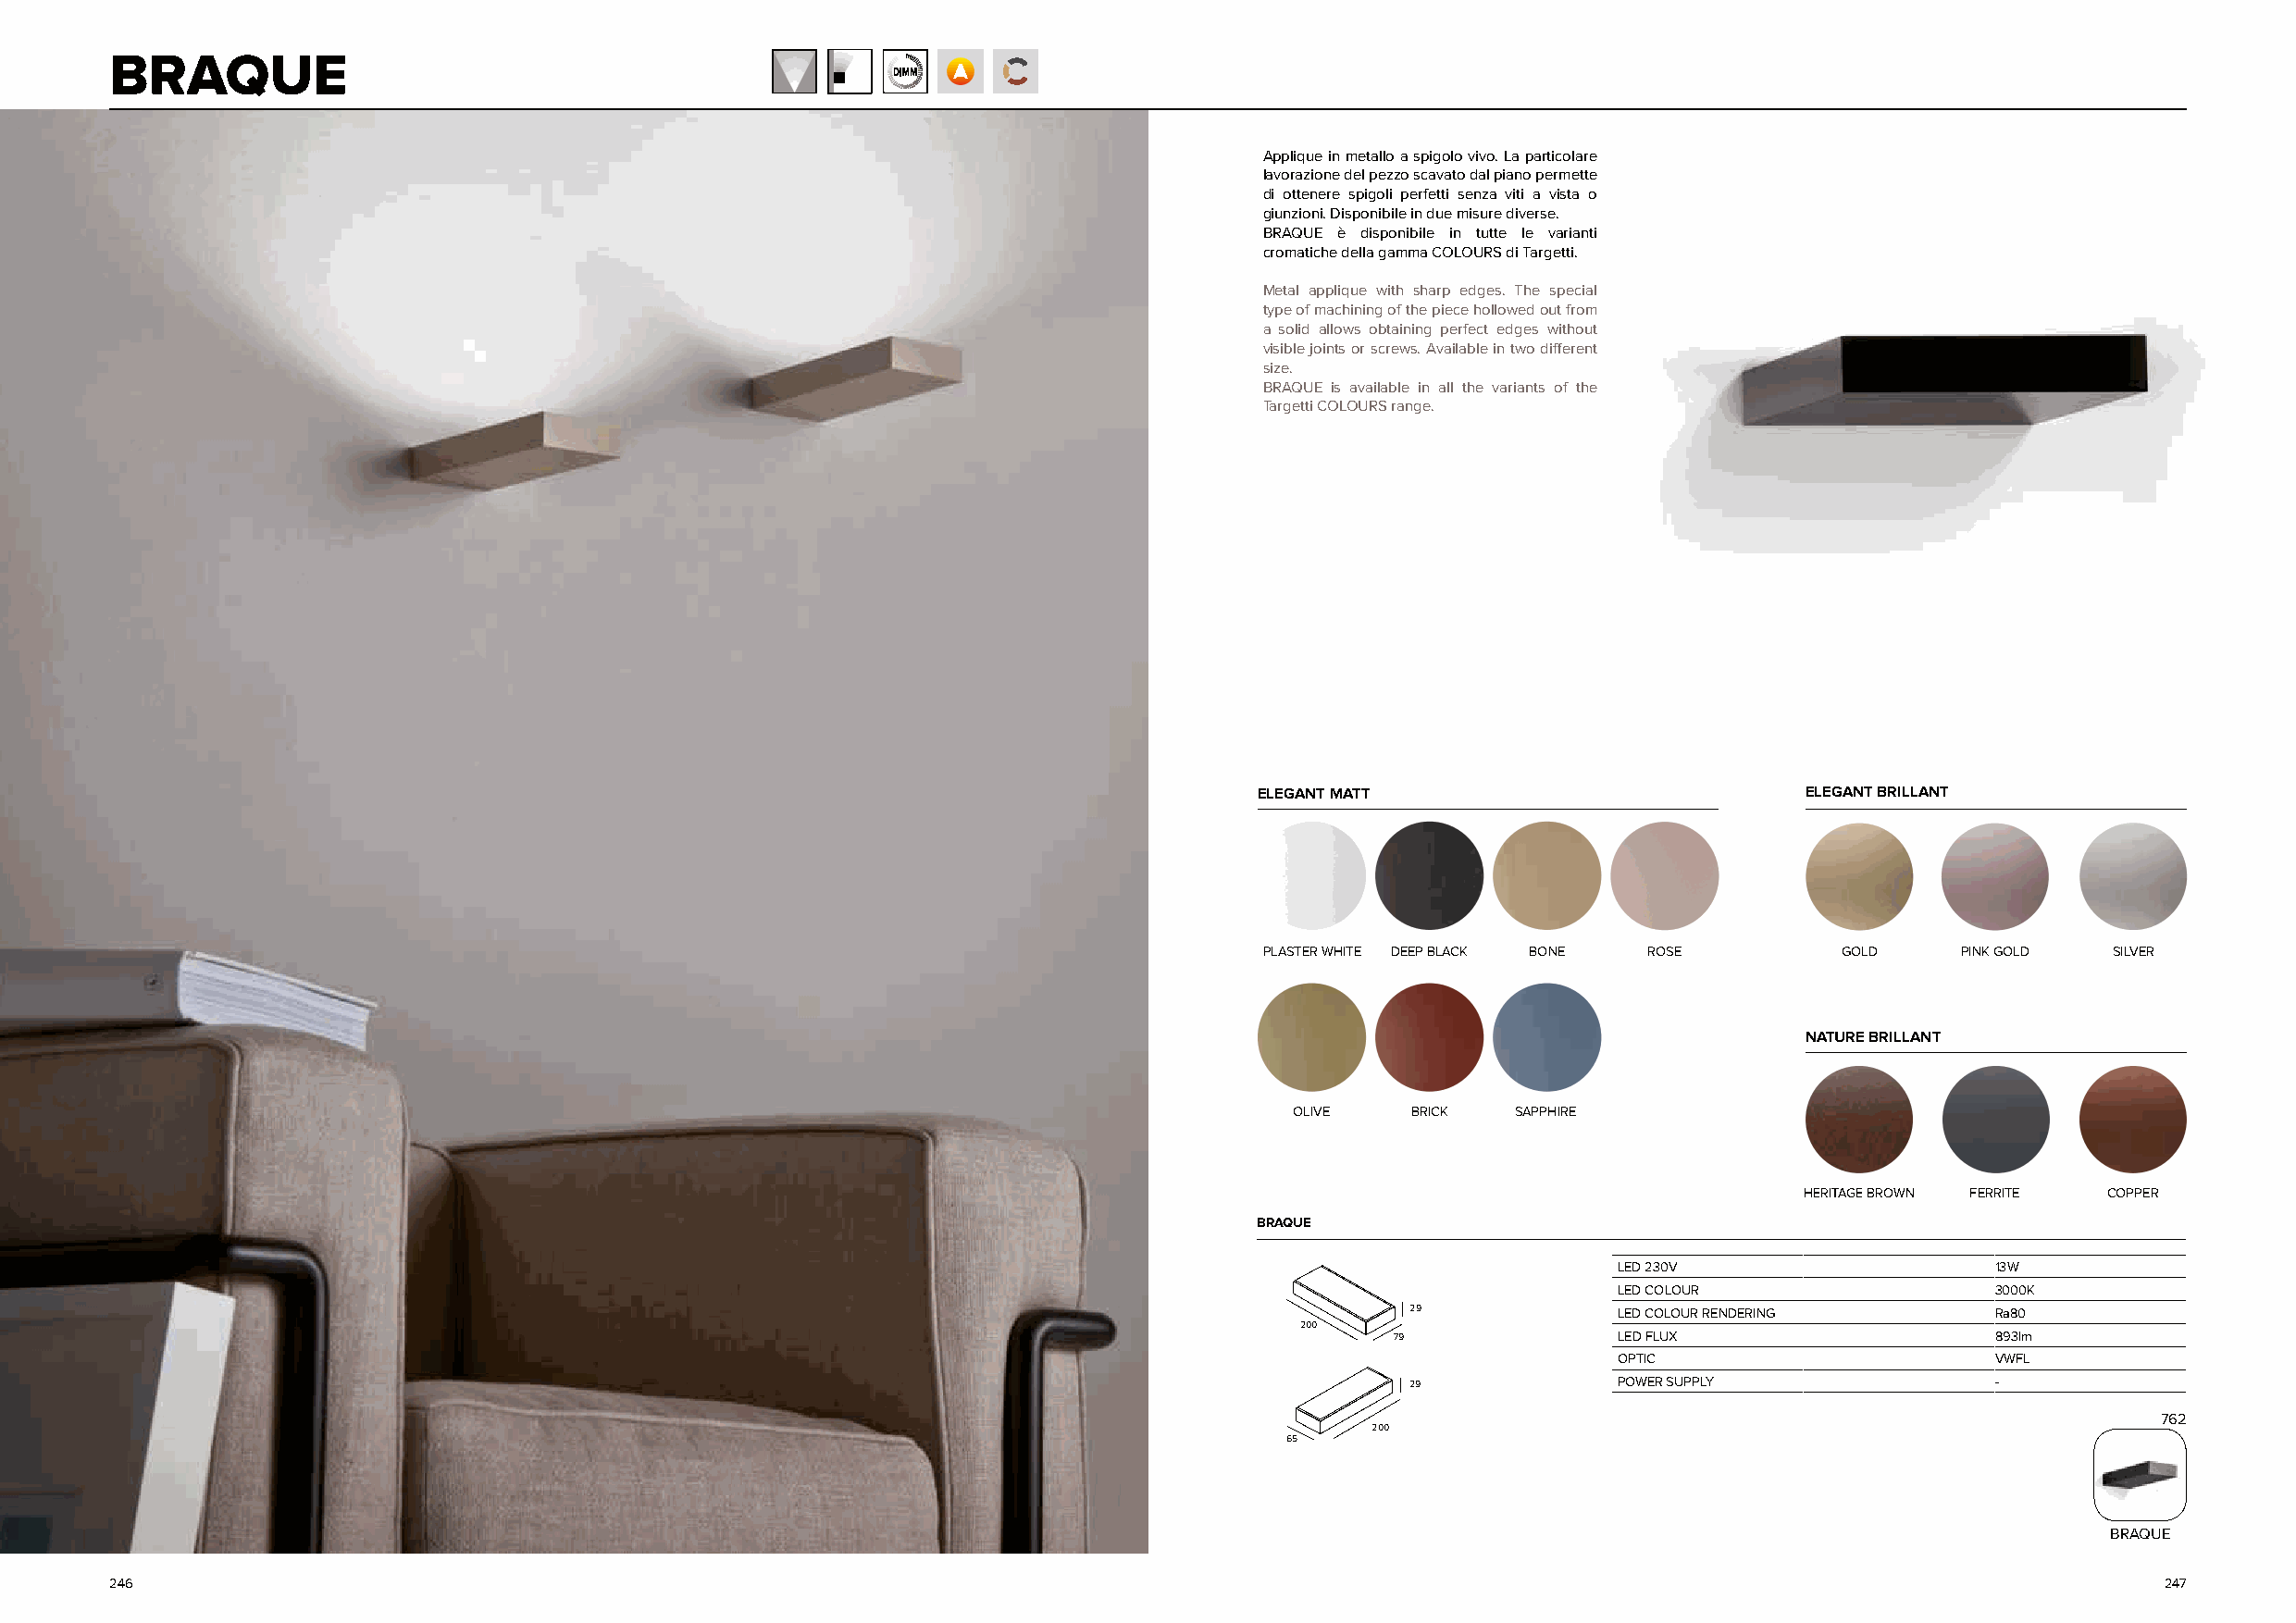
BRAQUE
 Applique in metallo a spigolo vivo. La particolare
 lavorazione del pezzo scavato dal piano permette
 di ottenere spigoli perfetti senza viti a vista o
 giunzioni. Disponibile in due misure diverse.
 BRAQUE è disponibile in tutte le varianti
 cromatiche della gamma COLOURS di Targetti.
 Metal applique with sharp edges. The special
 type of machining of the piece hollowed out from
 a solid allows obtaining perfect edges without
 visible joints or screws. Available in two different
 size.
 BRAQUE is available in all the variants of the
 Targetti COLOURS range.
 ELEGANT MATT                           ELEGANT BRILLANT
 PLASTER WHITE DEEP BLACK BONE ROSE        GOLD    PINK GOLD  SILVER
 NATURE BRILLANT
 OLIVE    BRICK  SAPPHIRE
 HERITAGE BROWN FERRITE COPPER
 BRAQUE
 LED 230V                   13W
 LED COLOUR                 3000K
 29             LED COLOUR RENDERING       Ra80
 200
 79              LED FLUX                   893lm
 OPTIC                      VWFL
 29             POWER SUPPLY               -
 762
 200
 65
 BRAQUE
 246                                                                                                                                                247